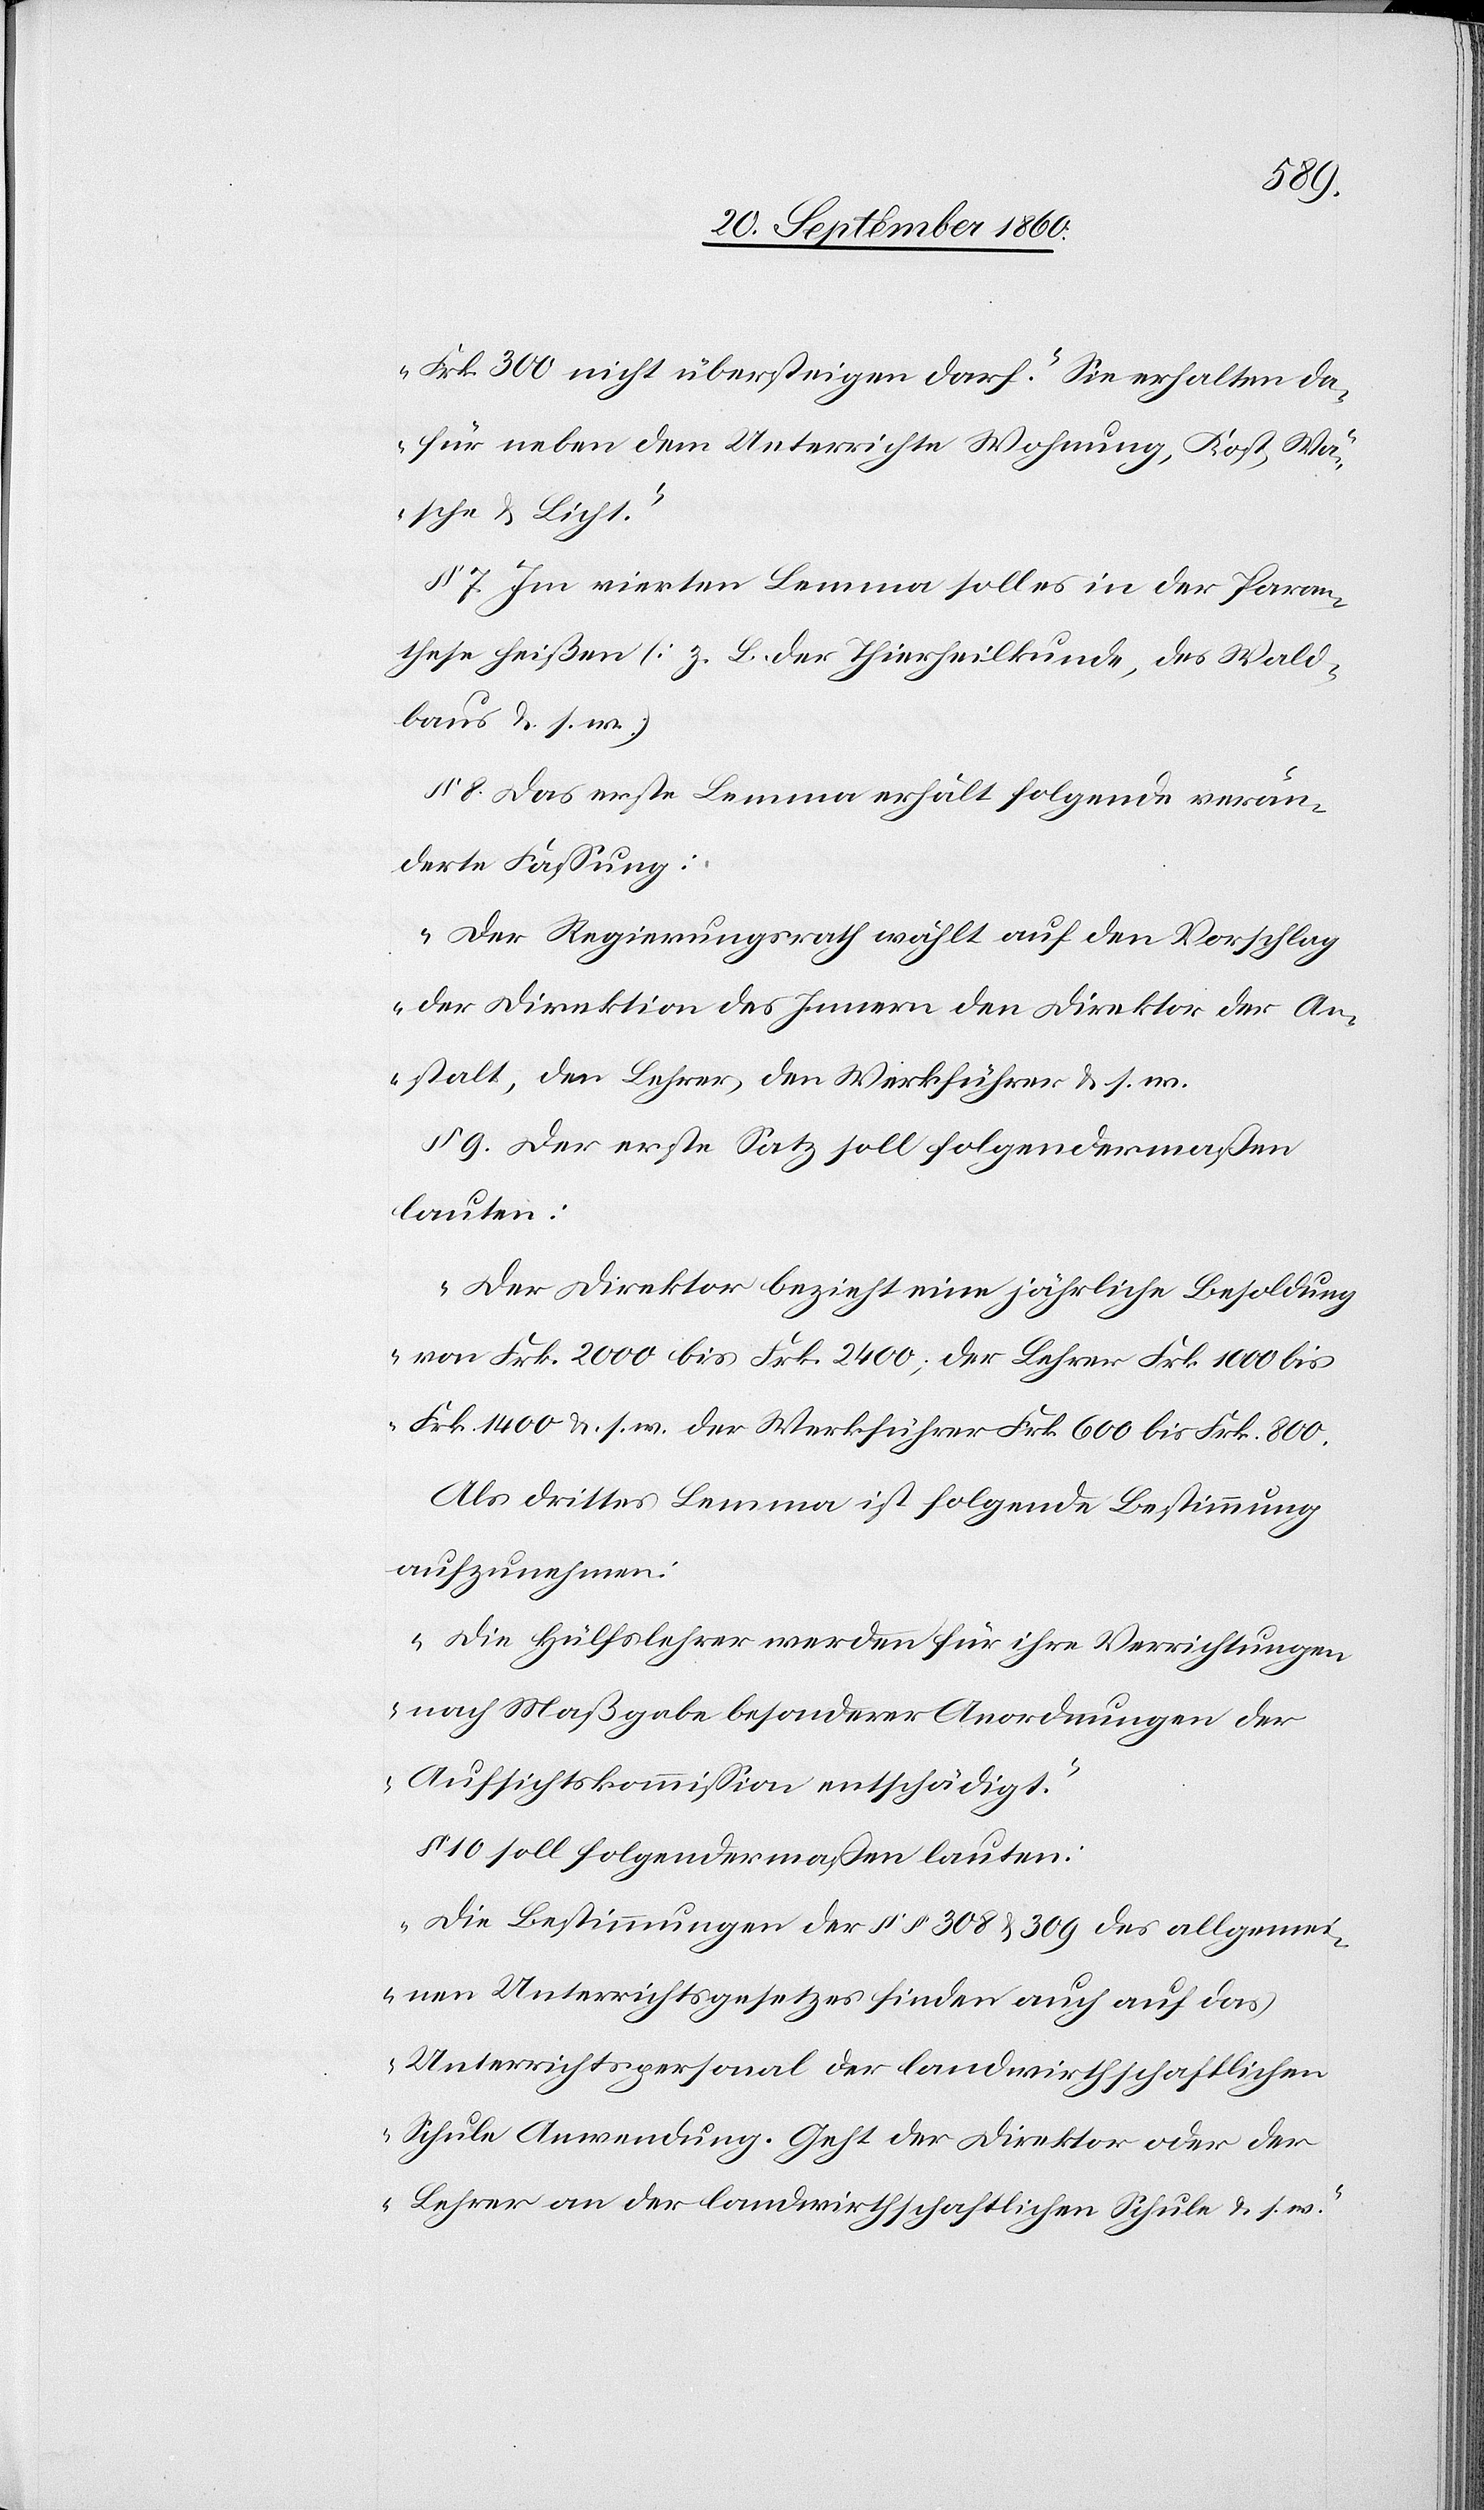
Frk. 300 nicht übersteigen darf. Sie erhalten da¬
für neben dem Unterrichte Wohnung, Kost, Wä¬
sche & Licht.“
§ 7 Im vierten Lemma soll es in der Para¬
these heißen (z. B. der Thierheilkunde, des Wald¬
baus u. s. w.)
§ 8 Das erste Lemma erhält folgende verän¬
derte Fassung:
„Der Regierungsrath wählt auf den Vorschlag
der Direktion des Innern den Direktor der An¬
stalt, den Lehrer, den Werkführer u. s.
§ 9 Der erste Satz soll folgendermaßen
lauten:
„Der Direktor bezieht eine jährliche Besoldung
von Frk. 2000 bis Frk. 2400, der Lehrer Frk. 1000 bis
Fr. 1400 u. s. w. der Werkführer Frk. 600 bis Frk. 800.[“]
Als drittes Lemma ist folgende Bestimmung
aufzunehmen:
„Die Hülfslehrer werden für ihre Verrichtungen
nach Maßgabe besonderer Anordnungen der
Aufsichtkommission entschädigt.“
§ 10 soll folgendermaßen lauten:
„Die Bestimmungen der §§ 308 & 309 des allgemei¬
nen Unterrichtsgesetzes finden auch auf das
Unterrichtspersonal der landwirthschaftlichen
Schule Anwendung. Geht der Direktor oder der
Lehrer an der landwirtschaftlichen Schule u. s.